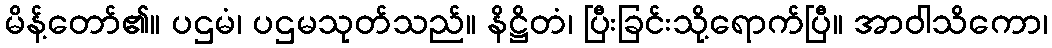
မိန့်တော်၏။ ပဌမံ၊ ပဌမသုတ်သည်။ နိဋ္ဌိတံ၊ ပြီးခြင်းသို့ရောက်ပြီ။ အာဝါသိကော၊